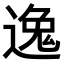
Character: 𫐶